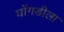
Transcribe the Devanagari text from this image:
घोंगडीला